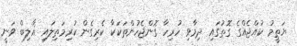
ޔަތީމު ކުއްޖެއްގެ ގޮތުގައި ދިމާވި ހުރިހާ ގޮންޖެހުންތަކަކާ ކެރިގެން ކުރިމަތިލައި ޣާލިބް ވަނީ